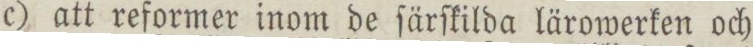
c) att reformer inom de ſärſkilda lärowerken och